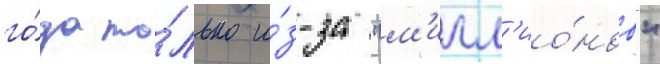
го́да то́лько и́з-за "м'илл'ио́нов"